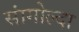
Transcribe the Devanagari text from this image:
सांगोल्दा